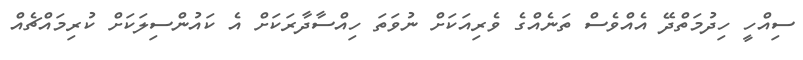
ސިއްހީ ހިދުމަތްދޭ އެއްވެސް ތަނެއްގެ ވެރިއަކަށް ނުވަތަ ހިއްސާދާރަކަށް އެ ކައުންސިލަކަށް ކުރިމައްޗެއް